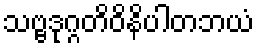
သဗ္ဗဒုဂ္ဂတိဝိနိပါတဘယံ